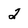
Character: 2